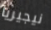
نيجيريا